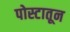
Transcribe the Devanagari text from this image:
पोस्टातून